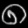
Digit: ၈